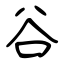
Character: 谷